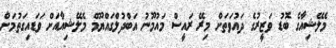
މެލޭޝިއާގެ ބޮޑު ވަޒީރުގެ ދައުވަތަށް މިރޭ ރައީސް މައުމޫނު އަބްދުލްގައްޔޫމް މެލޭޝިއާއަށް ވަޑައިގަތުމަށް